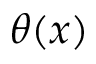
\theta ( x )